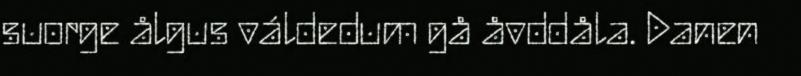
suorge ålgus váldedum gå åvddåla. Danen